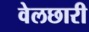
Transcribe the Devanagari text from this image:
वेलछारी